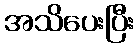
အသိပေးပြီး